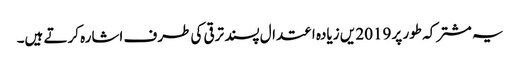
یہ مشترکہ طور پر 2019 یں زیادہ اعتدال پسند ترقی کی طرف اشارہ کرتے ہیں۔